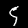
Label: 5